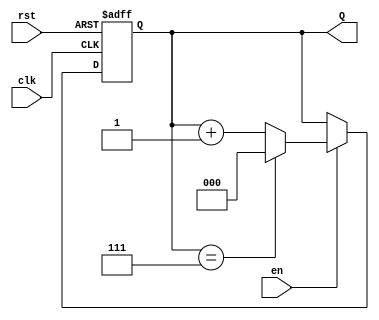
module binary_up_counter #(
    parameter N = 3 // Parameter to define the number of bits (default is 3)
)(
    input wire clk,       // Clock input
    input wire rst,       // Asynchronous reset input
    input wire en,        // Enable input
    output reg [N-1:0] Q  // Output count value
);

    // Always block to handle the counter operation
    always @(posedge clk or posedge rst) begin
        if (rst) begin
            Q <= 0; // Reset the counter to 0
        end else if (en) begin
            if (Q == (2**N - 1)) begin
                Q <= 0; // Wrap around to 0 when maximum value is reached
            end else begin
                Q <= Q + 1; // Increment the counter
            end
        end
    end

endmodule